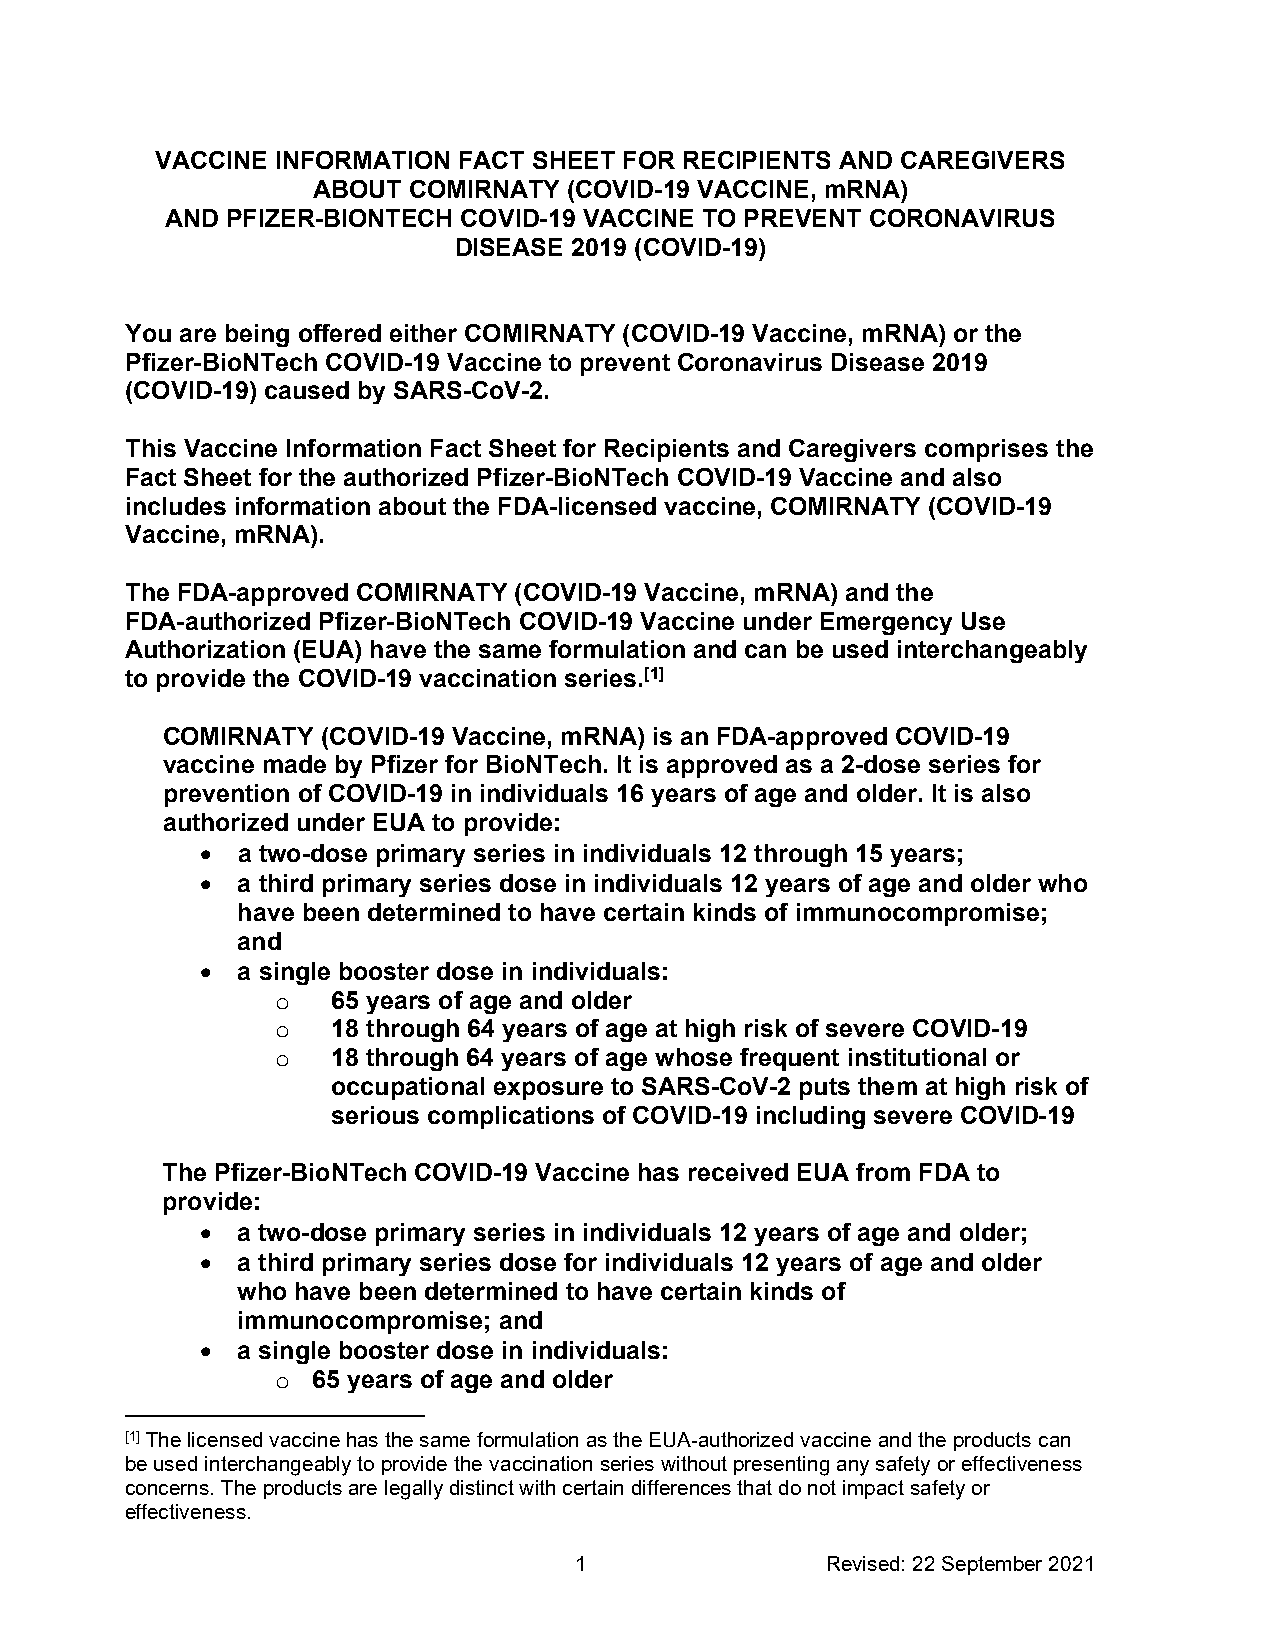
VACCINE INFORMATION FACT SHEET FOR RECIPIENTS AND CAREGIVERS
 ABOUT COMIRNATY  (COVID-19 VACCINE, mRNA)
 AND PFIZER-BIONTECH COVID-19 VACCINE TO PREVENT CORONAVIRUS
 DISEASE 2019 (COVID-19)
 You are being offered either COMIRNATY (COVID-19 Vaccine, mRNA) or the
 Pfizer-BioNTech COVID-19 Vaccine to prevent Coronavirus Disease 2019
 (COVID-19) caused by SARS-CoV-2.
 This Vaccine Information Fact Sheet for Recipients and Caregivers comprises the
 Fact Sheet for the authorized Pfizer-BioNTech COVID-19 Vaccine and also
 includes information about the FDA-licensed vaccine, COMIRNATY (COVID-19
 Vaccine, mRNA).
 The FDA-approved COMIRNATY (COVID-19 Vaccine, mRNA) and the
 FDA-authorized Pfizer-BioNTech COVID-19 Vaccine under Emergency Use
 Authorization (EUA) have the same formulation and can be used interchangeably
 to provide the COVID-19 vaccination series.[1]
 COMIRNATY (COVID-19 Vaccine, mRNA) is an FDA-approved COVID-19
 vaccine made by Pfizer for BioNTech. It is approved as a 2-dose series for
 prevention of COVID-19 in individuals 16 years of age and older. It is also
 authorized under EUA to provide:
 •  a two-dose primary series in individuals 12 through 15 years;
 •  a third primary series dose in individuals 12 years of age and older who
 have been determined to have certain kinds of immunocompromise;
 and
 •  a single booster dose in individuals:
 65 years of age and older
 o
 18 through 64 years of age at high risk of severe COVID-19
 o
 18 through 64 years of age whose frequent institutional or
 o
 occupational exposure to SARS-CoV-2 puts them at high risk of
 serious complications of COVID-19 including severe COVID-19
 The Pfizer-BioNTech COVID-19 Vaccine has received EUA from FDA to
 provide:
 •  a two-dose primary series in individuals 12 years of age and older;
 •  a third primary series dose for individuals 12 years of age and older
 who have been determined to have certain kinds of
 immunocompromise; and
 •  a single booster dose in individuals:
 65 years of age and older
 o
 [1] The licensed vaccine has the same formulation as the EUA-authorized vaccine and the products can
 be used interchangeably to provide the vaccination series without presenting any safety or effectiveness
 concerns. The products are legally distinct with certain differences that do not impact safety or
 effectiveness.
 1                Revised: 22 September 2021